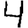
Digit: 4